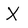
Character: X